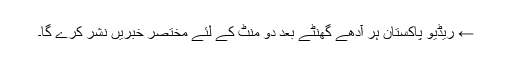
← ریڈیو پاکستان ہر آدھے گھنٹے بعد دو منٹ کے لئے مختصر خبریں نشر کرے گا۔